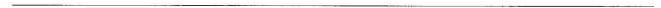
___